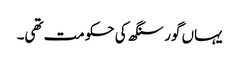
یہاں گور سنگھ کی حکومت تھی۔